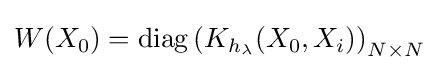
W(X_{0})=\operatorname {diag} \left(K_{h_{\lambda }}(X_{0},X_{i})\right)_{N\times N}